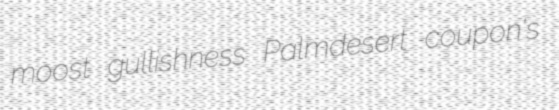
moost gullishness Palmdesert coupon's